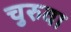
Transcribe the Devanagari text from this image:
चुरुवा